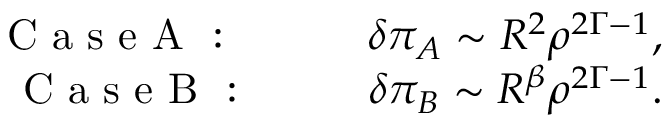
\begin{array} { r l r } { \mathrm { ~ C ~ a ~ s ~ e ~ A ~ } \mathrm { ~ : ~ \ \ \ } } & { { } } & { \delta \pi _ { A } \sim R ^ { 2 } \rho ^ { 2 \Gamma - 1 } , } \\ { \mathrm { ~ C ~ a ~ s ~ e ~ B ~ } \mathrm { ~ : ~ \ \ } } & { { } } & { \delta \pi _ { B } \sim R ^ { \beta } \rho ^ { 2 \Gamma - 1 } . } \end{array}